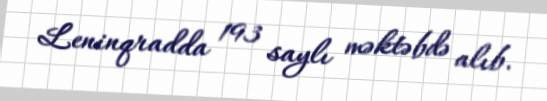
Leninqradda 193 saylı məktəbdə alıb.